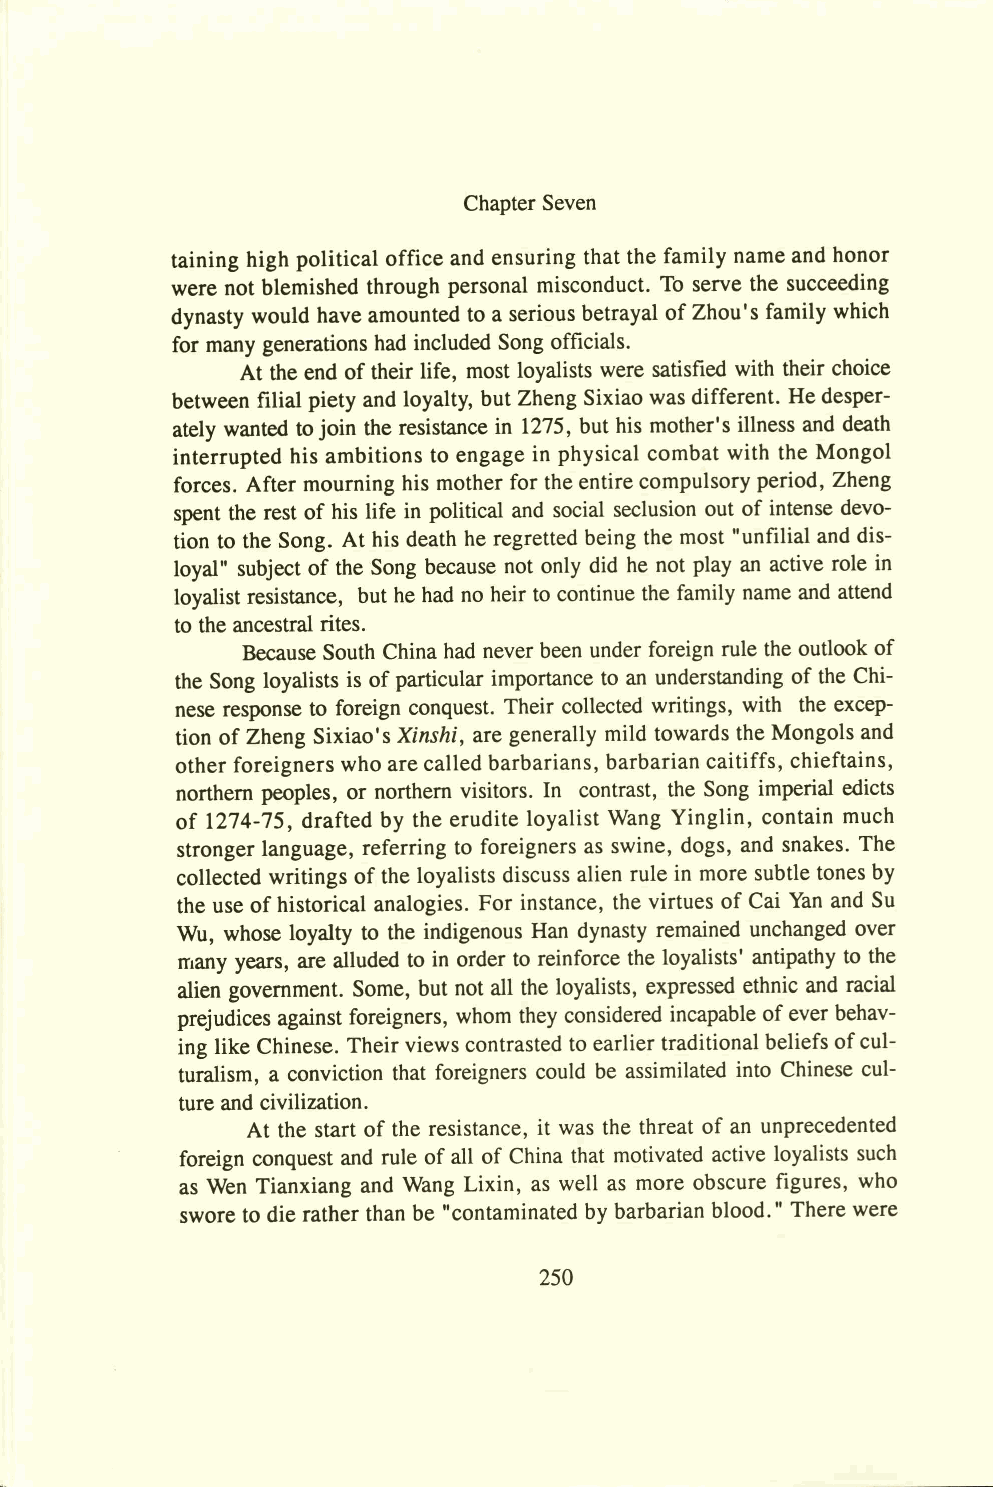
Chapter Seven
 taining high political office and ensuring that the family name and honor
 were not blemished through personal misconduct. To serve the succeeding
 dynasty would have amounted to a serious betrayal of Zhou’s family which
 for many generations had included Song officials.
 At the end of their life, most loyalists were satisfied with their choice
 between filial piety and loyalty, but Zheng Sixiao was different. He desper­
 ately wanted to join the resistance in 1275, but his mother's illness and death
 interrupted his ambitions to engage in physical combat with the Mongol
 forces. After mourning his mother for the entire compulsory period, Zheng
 spent the rest of his life in political and social seclusion out of intense devo­
 tion to the Song. At his death he regretted being the most "unfilial and dis­
 loyal" subject of the Song because not only did he not play an active role in
 loyalist resistance, but he had no heir to continue the family name and attend
 to the ancestral rites.
 Because South China had never been under foreign rule the outlook of
 the Song loyalists is of particular importance to an understanding of the Chi­
 nese response to foreign conquest. Their collected writings, with the excep­
 tion of Zheng Sixiao's Xinshi, are generally mild towards the Mongols and
 other foreigners who are called barbarians, barbarian caitiffs, chieftains,
 northern peoples, or northern visitors. In contrast, the Song imperial edicts
 of 1274-75, drafted by the erudite loyalist Wang Yinglin, contain much
 stronger language, referring to foreigners as swine, dogs, and snakes. The
 collected writings of the loyalists discuss alien rule in more subtle tones by
 the use of historical analogies. For instance, the virtues of Cai Yan and Su
 Wu, whose loyalty to the indigenous Han dynasty remained unchanged over
 many years, are alluded to in order to reinforce the loyalists' antipathy to the
 alien government. Some, but not all the loyalists, expressed ethnic and racial
 prejudices against foreigners, whom they considered incapable of ever behav­
 ing like Chinese. Their views contrasted to earlier traditional beliefs of cul-
 turalism, a conviction that foreigners could be assimilated into Chinese cul­
 ture and civilization.
 At the start of the resistance, it was the threat of an unprecedented
 foreign conquest and rule of all of China that motivated active loyalists such
 as Wen Tianxiang and Wang Lixin, as well as more obscure figures, who
 swore to die rather than be "contaminated by barbarian blood." There were
 250